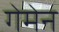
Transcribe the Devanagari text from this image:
गेमेन